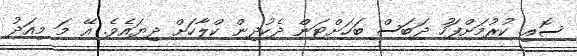
ސޮއި ކުރުމަށްފަހު ދަބަސް ބަހަށްޓަން ދެކުދިން ކްލާހަށް ދިޔައެވެ. އޭ މަ މިއަދު